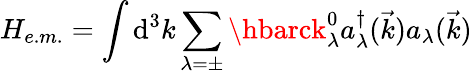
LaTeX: H_{e.m.}=\int\mathrm{d}^{3}k\sum_{\lambda=\pm}\hbarck_{\lambda}^{0}a_{\lambda}^{\dagger}(\vec{{k}})a_{\lambda}(\vec{{k}})